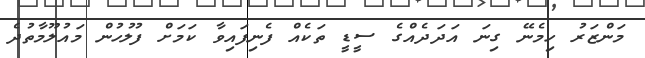
މަންޒަރު ހިމެނޭ ގިނަ އަދަދެއްގެ ސީޑީ ތަކެއް ފެނިފައިވާ ކަމަށް ފުލުހުން މައުލޫމާތުދެ